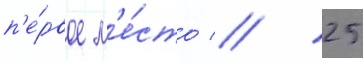
п'е́рвое м'е́сто // 25